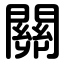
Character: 關